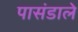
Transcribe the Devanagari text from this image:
पासंडाले